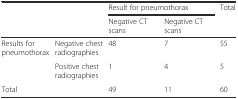
| <ROWSPAN=2-COLSPAN=2>  | <COLSPAN=2> Result for pneumothorax | Total |
 | Negative CT scans | Negative CT scans |  |
 | --- | --- | --- | --- | --- |
 | <ROWSPAN=2> Results for pneumothorax | Negative chest radiographies | 48 | 7 | 55 |
 | Positive chest radiographies | 1 | 4 | 5 |
 | <COLSPAN=2> Total | 49 | 11 | 60 |